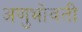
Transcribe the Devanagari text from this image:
अणुभोवती